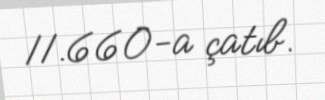
11.660-a çatıb.